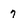
Character: 7